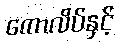
ကောလိပ်နှင့်